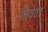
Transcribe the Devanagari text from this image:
लिवेटर